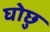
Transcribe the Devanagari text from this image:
घोछु